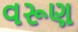
વરૂણ